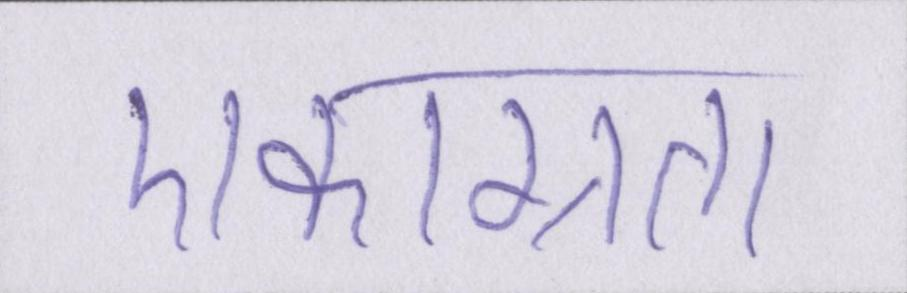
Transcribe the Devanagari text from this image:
एकाग्रता